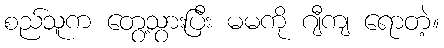
စည်သူက တွေ့သွားပြီး မမကို ဂျီကျ ရောတဲ့။